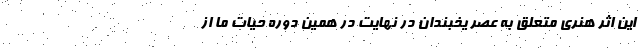
این اثر هنری متعلق به عصر یخبندان در نهایت در همین دوره حیات ما از